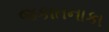
જકાતનાકા